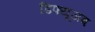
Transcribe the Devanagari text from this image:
डिफ्यूजब